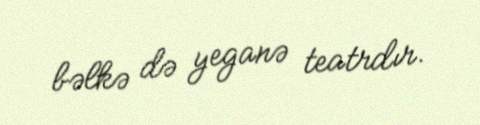
bəlkə də yeganə teatrdır.